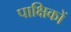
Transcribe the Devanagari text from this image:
पाक्षिकों